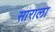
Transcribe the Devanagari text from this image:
साराला